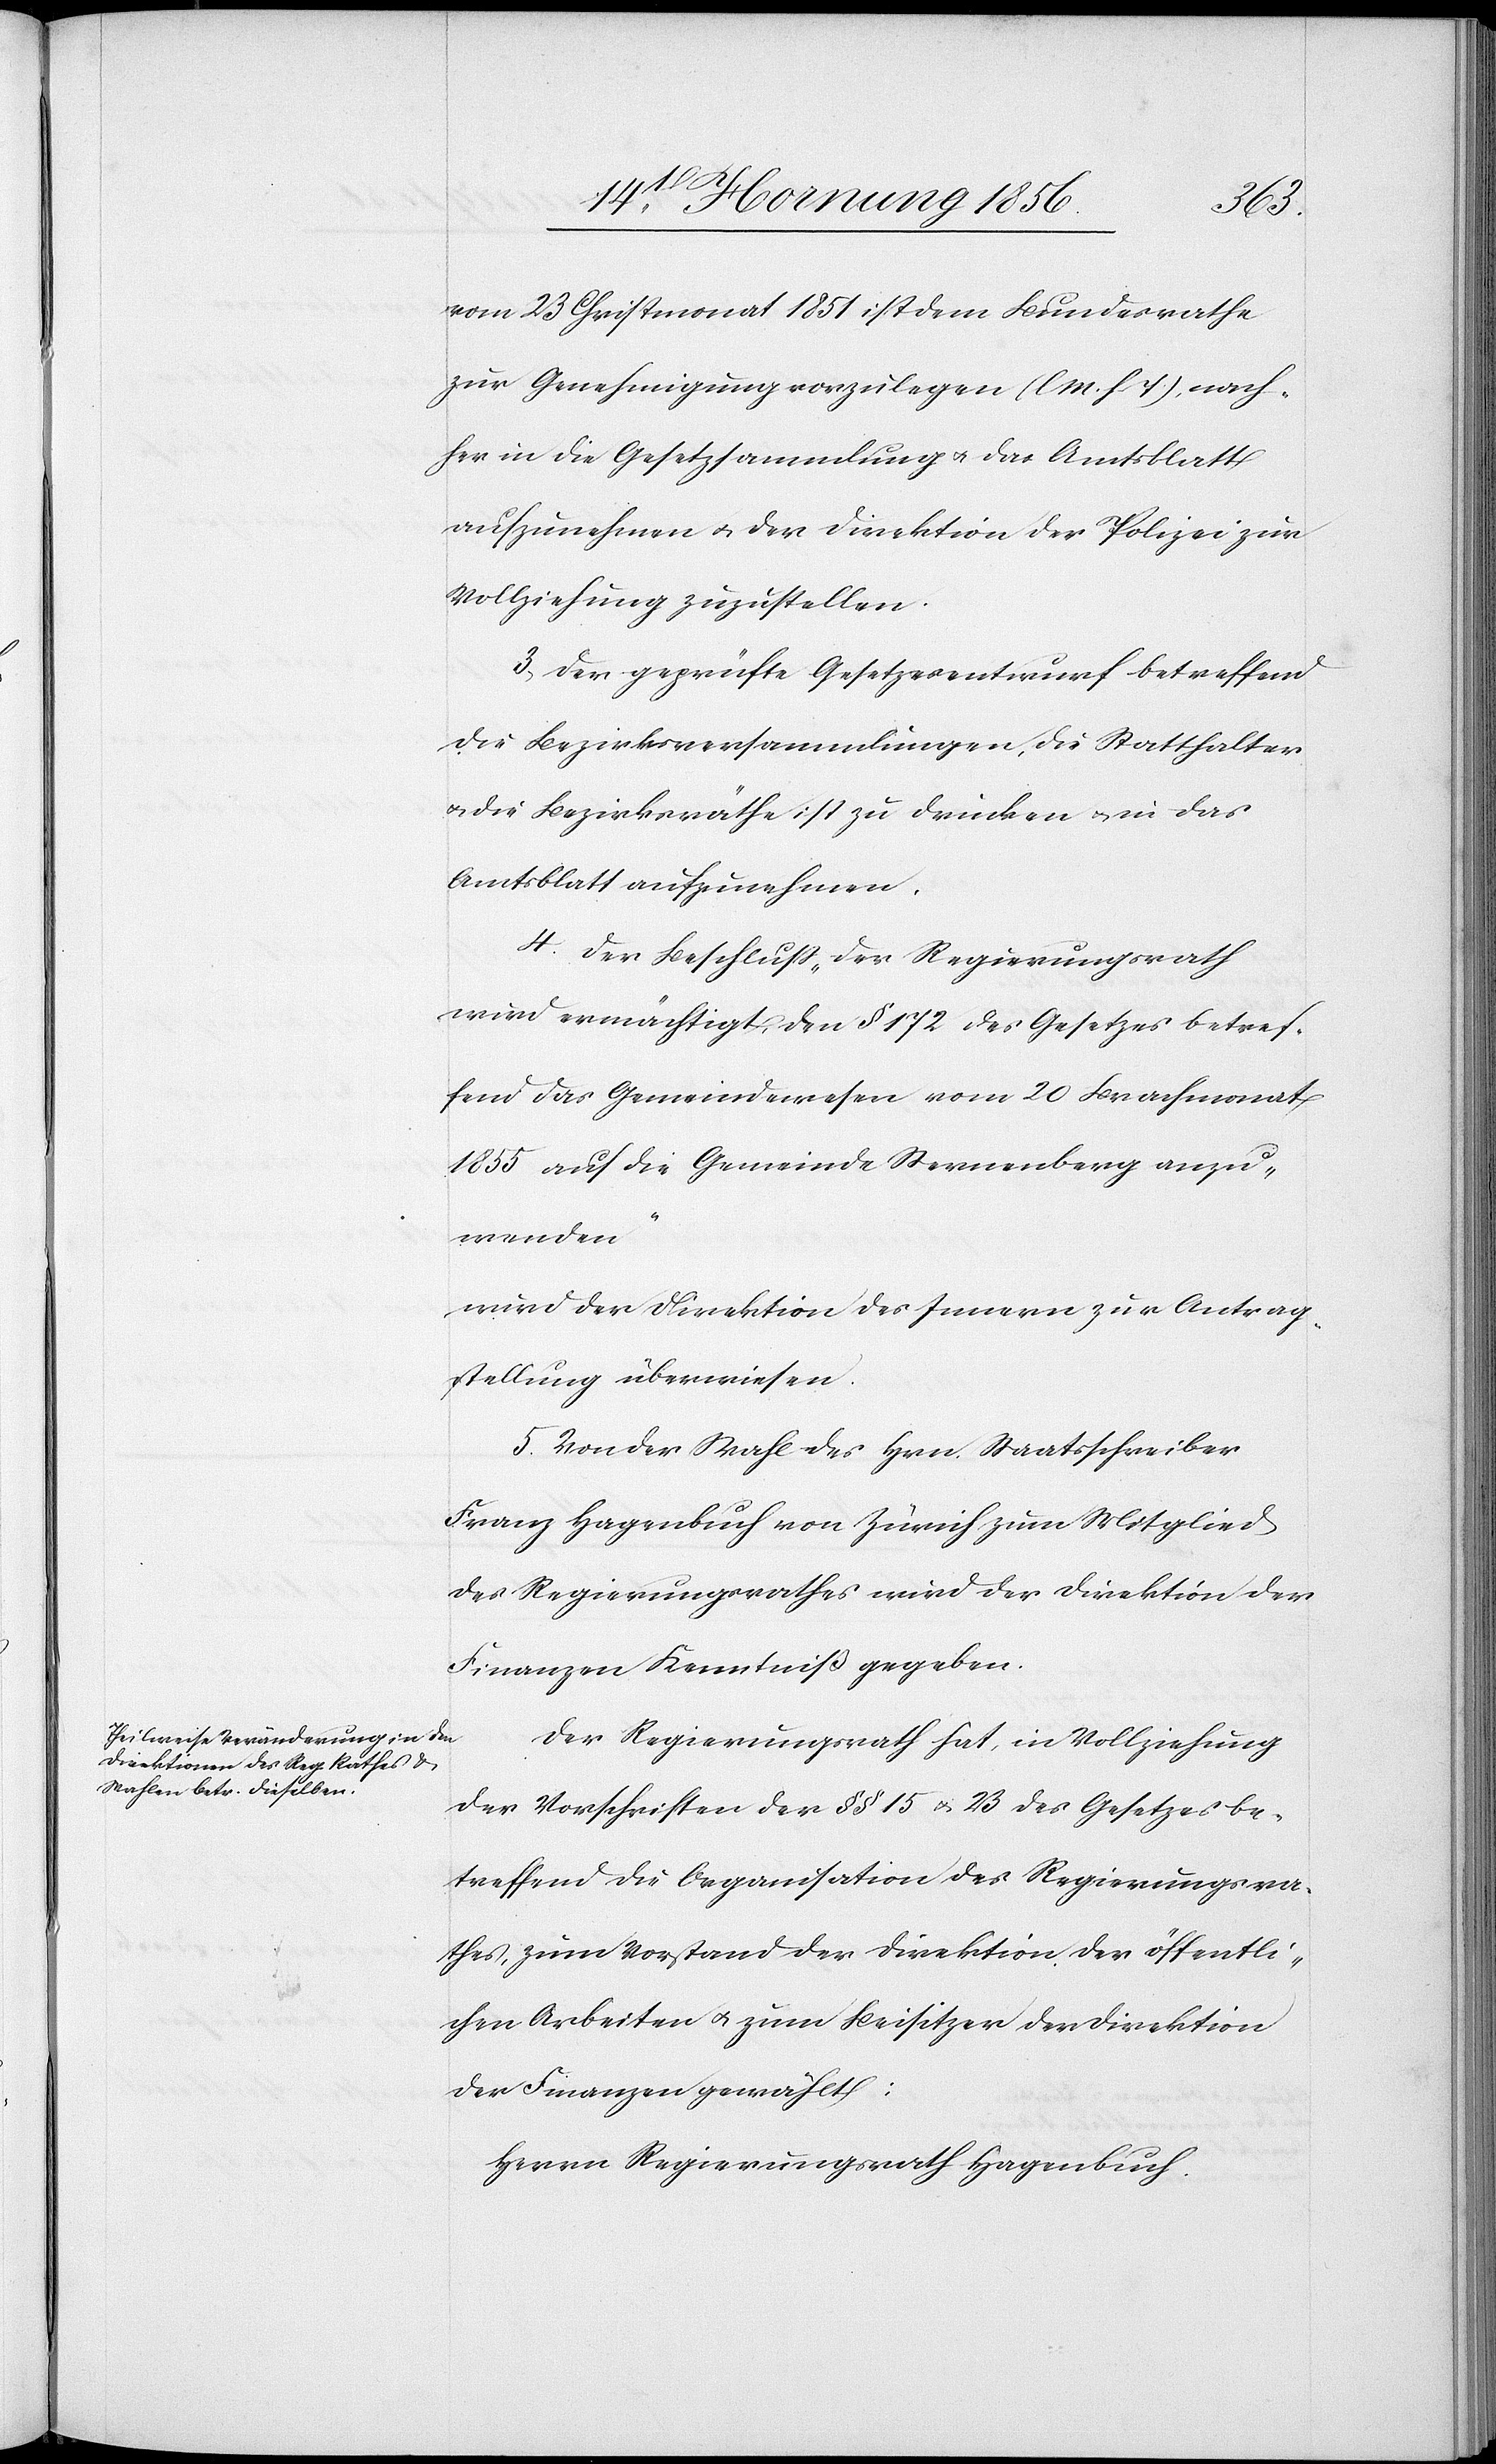
vom 23 Christmonat 1851 ist dem Bundesrathe
zur Genehmigung vorzulegen (l M. h T), nach¬
her in die Gesetzsammlung u. das Amtsblatt
aufzunehmen u. der Direktion der Polizei zur
Vollziehung zuzustellen.
3., Der geprüfte Gesetzesentwurf betreffend
die Bezirksversammlungen, die Statthalter
u. die Bezirksräthe ist zu drucken u. in das
Amtsblatt aufzunehmen.
4. Der Beschluß „der Regierungsrath
wird ermächtigt, den § 172 des Gesetzes betref¬
fend das Gemeindewesen vom 20 Brachmonat
1855 auf die Gemeinde Sternenberg anzu¬
wenden“
wird der Direktion des Innern zur Antrag¬
stellung überwiesen.
5. Von der Wahl des Hrn. Staatsschreiber
Franz Hagenbuch von Zürich zum Mitglied
des Regierungsrathes wird der Direktion der
Finanzen Kenntniß gegeben.
Der Regierungsrath hat, in Vollziehung
der Vorschriften der §§ 15 u. 23 des Gesetzes be¬
treffend die Organisation des Regierungsra¬
thes, zum Vorstand der Direktion der öffentli¬
chen Arbeiten u. zum Beisitzer der Direktion
der Finanzen gewählt:
Herrn Regierungsrath Hagenbuch.